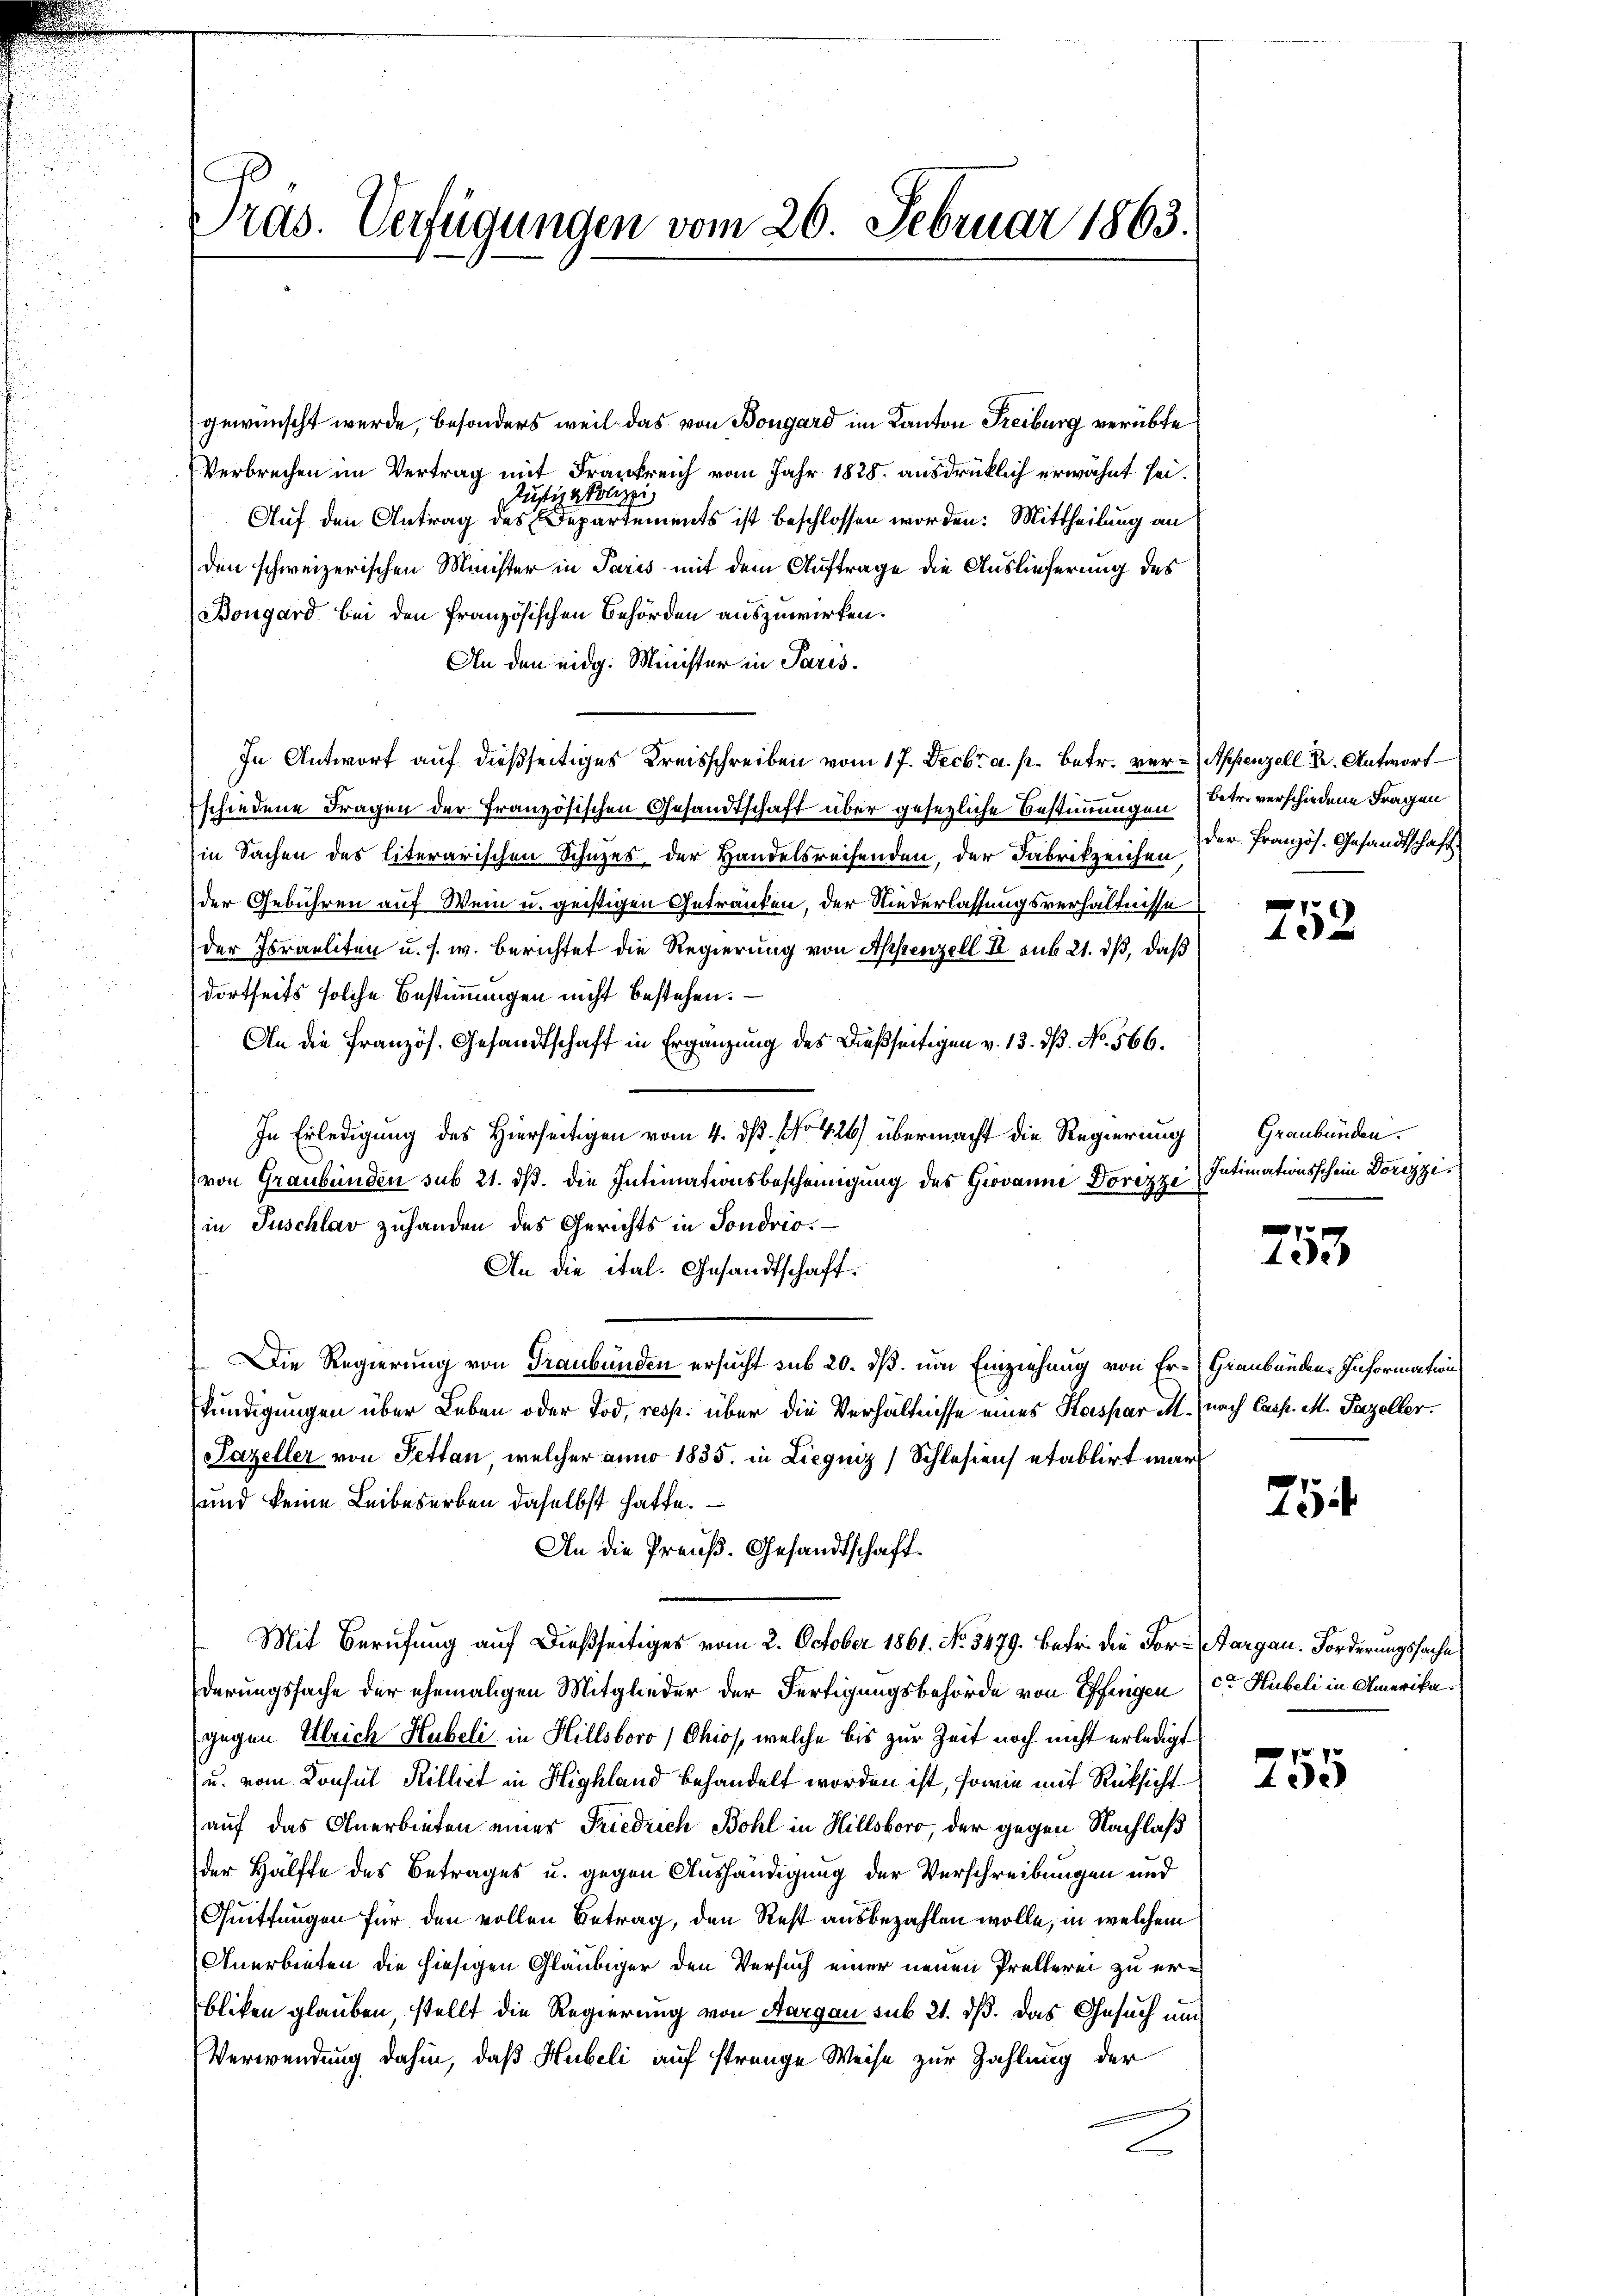
Pras. Verfügungen vom 26. Februar 1863.

gewünscht wurde, besonders weil das von Bongard im Kanton Freiburg verübte
Verbrechen im Vertrag mit Frankreich vom Jahr 1828. ausdrücklich erwähnt sei.
Justig Polizei
Auf den Antrag des Departements ist beschlossen worden: Mittheilung an
den schweizerischen Minister in Paris mit dem Auftrage die Auslieferung des
Bongard bei den französischen Behörden auszuwirken.
An den eidg. Minister in Paris.
In Antwort auf dießseitiges Kreisschreiben vom 17. Decbr. a. p. betr. ver- Appenzell. Dr. Antwort
schiedene Fragen der Französischen Gesandtschaft über gesezliche Bestimmungen Betr. verschiedene Fragen
(in Sachen des literarischen Schuzes, der Handelsreisenden, der Fabrikzeichen der Französ. Gesandtschaft
der Gebühren auf Wein u. geistigen Getränken, der Niederlassungsverhältnisse
der Israeliten u. s. w. Berichtet die Regierung von Appenzell I. sub 21. ds, daß
dortseits solche Bestimmungen nicht bestehen.
An die Französ. Gesandtschaft in Ergänzung des dießseitigen v. 13. dß. No. 566.
In Erledigung des Hierseitigen vom 4. ds. No 426) übermacht die Regierung
von Graubünden sub 21. ds. die Intimationsbescheinigung des Giovanne Dorezze
in Tuschlav zuhanden des Gerichts in Sondrio.
An die ital. Gesandtschaft.
Die Regierung von Graubünden ersucht sub 20. dß. um Einziehung von Er- Graubünden Information
kündigungen über Leben oder Tod, resp. über die Verhältnisse eines Kaspar M. (nach Casp. M. Parzeller.
Pazeller von Pettan, welcher anno 1835. in Liegniz) Schlesiens etablirt war
und keine Leibeserben daselbst hatte.
An die Preuß. Gesandtschaft¬
Mit Berufung auf dießseitiges vom 2. October 1861. No. 5479. Betri die For-Aargau. Forderungssache
derungssache der ehemaligen Mitglieder der Fertigungsbehörde von Pfingen (C Hübeli in Amerikar
gegen Ulrich Hubeli in Hillsboro /Chios, welche bis zur Zeit noch nicht erledigt
u. vom Konsul Rilliet in Highland behandelt worden ist, sowie mit Rücksicht
auf das Anerbieten einer Friedrich Bohl in Hillsboro, der gegen Nachlaß
der Hälfte des Betrages u. gegen Aushändigung der Verschreibungen und
Quittungen für den vollen Betrag, den Rest ausbezahlen wolle, in welchem
Anerbieten die hiesigen Gläubiger den Versuch einer neuen Prellerei zu erbliken glauben, stellt die Regierung von Aargau sub 21. dß. Das Gesuch und
Verwendung dahin, daß Hubeli auf strenge Weise zur Zahlung der
E

752

Graubünden.
Intimationsschein Dorizzi

253

2

255